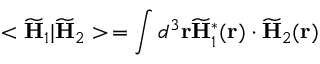
< \widetilde { \bf H } _ { 1 } | \widetilde { \bf H } _ { 2 } > \, = \int d ^ { 3 } { \bf r } \widetilde { \bf H } _ { 1 } ^ { * } ( { \bf r } ) \cdot \widetilde { \bf H } _ { 2 } ( { \bf r } )